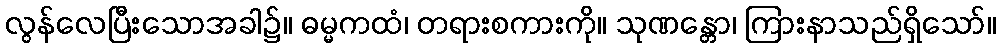
လွန်လေပြီးသောအခါ၌။ ဓမ္မကထံ၊ တရားစကားကို။ သုဏန္တော၊ ကြားနာသည်ရှိသော်။